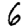
Digit: 6